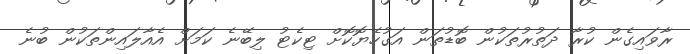
ރާވައިގެން ކުރާ ދަތުރުތަކުން ބޮޑުތަން އަގުހެޔޮކޮށް ޓިކެޓު ލިބޭނެ ކަމަށް އެއާލައިންތަކުން ބުނެ